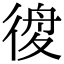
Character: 𢔃